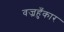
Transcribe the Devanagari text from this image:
वज्रहुँकार